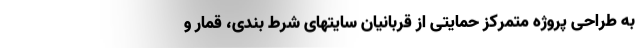
به طراحی پروژه متمرکز حمایتی از قربانیان سایتهای شرط بندی، قمار و